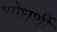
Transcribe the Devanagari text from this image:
शोधर्थी